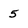
Character: 5